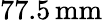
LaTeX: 77.5\, \mathrm{mm}